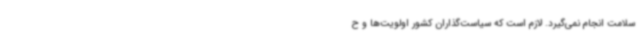
سلامت انجام نمی‌گیرد. لازم است که سیاست‌گذاران کشور اولویت‌ها و ح